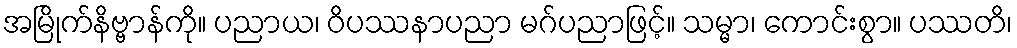
အမြိုက်နိဗ္ဗာန်ကို။ ပညာယ၊ ဝိပဿနာပညာ မဂ်ပညာဖြင့်။ သမ္မာ၊ ကောင်းစွာ။ ပဿတိ၊